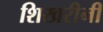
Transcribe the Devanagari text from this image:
शिखरीनी